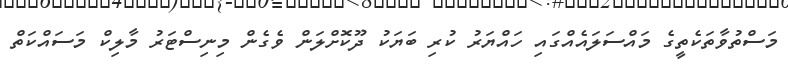
މަސްތުވާތަކެތީގެ މައްސަލައެއްގައި ހައްޔަރު ކުރި ބަޔަކު ދޫކޮށްލަން ވެގެން މިނިސްޓަރު މާލިކް މަސައްކަތް